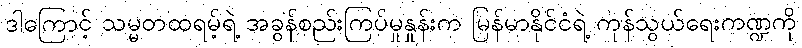
ဒါကြောင့် သမ္မတထရမ့်ရဲ့ အခွန်စည်းကြပ်မှုနှုန်းက မြန်မာနိုင်ငံရဲ့ ကုန်သွယ်ရေးကဏ္ဍကို